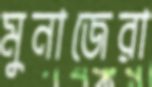
মুনাজেরা